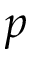
p